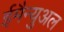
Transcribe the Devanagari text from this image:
ईमैन्युअल